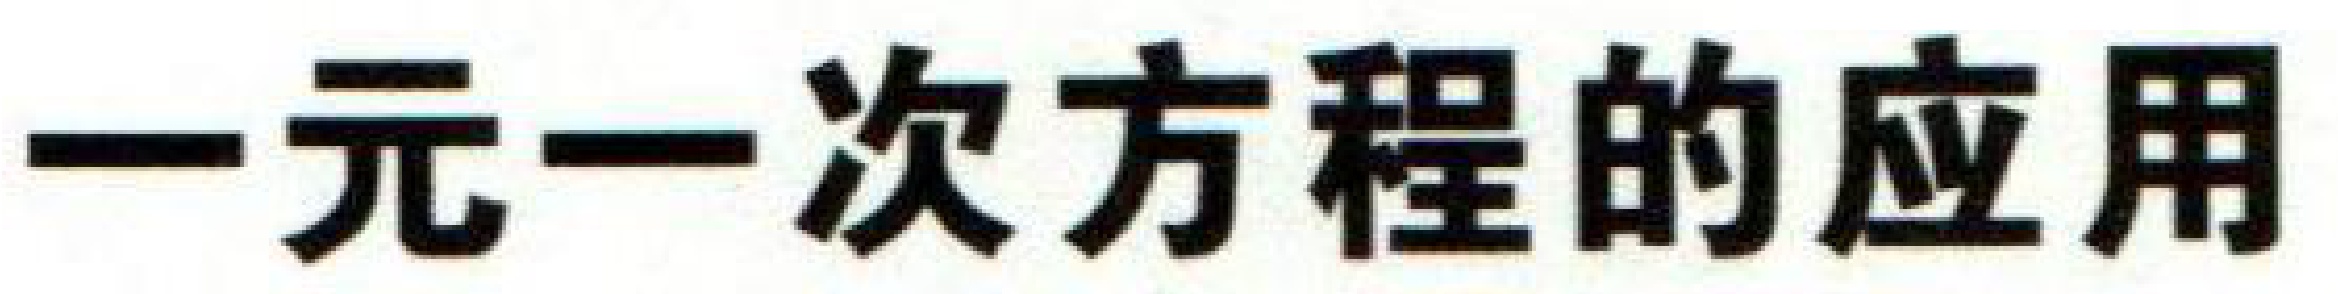
一元一次方程的应用